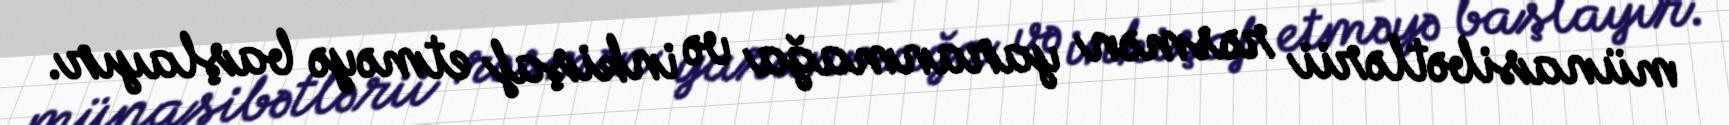
münasibətlərii rəsmən yaranmağa və inkişaf etməyə başlayır.